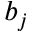
b _ { j }